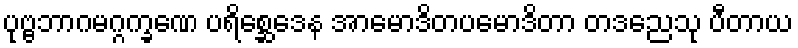
ပုဗ္ဗဘာဂမဂ္ဂက္ခဏေ ပရိစ္ဆေဒေန အာမောဒိတပမောဒိတာ တဒညေသု ပီတာယ